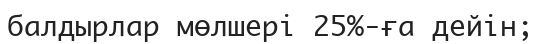
балдырлар мөлшері 25%-ға дейін;